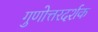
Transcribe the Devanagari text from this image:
गुणोत्तरदर्शक